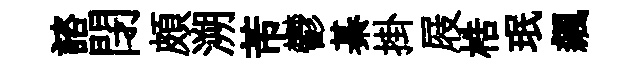
諮閉頗溯芾鬱綦掛屐梏珉飆